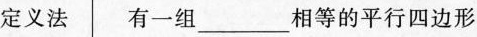
定义法 有一组 ___相等的平行四边形